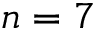
n = 7